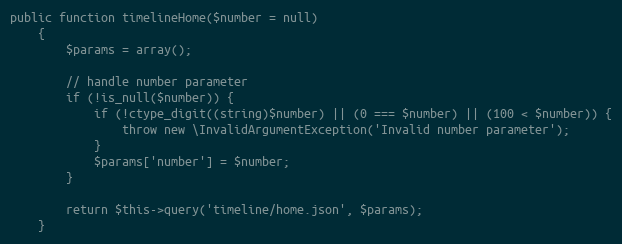
Language: PHP
public function timelineHome($number = null)
    {
        $params = array();

        // handle number parameter
        if (!is_null($number)) {
            if (!ctype_digit((string)$number) || (0 === $number) || (100 < $number)) {
                throw new \InvalidArgumentException('Invalid number parameter');
            }
            $params['number'] = $number;
        }

        return $this->query('timeline/home.json', $params);
    }